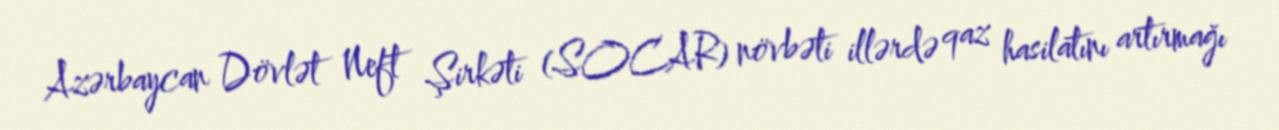
Azərbaycan Dövlət Neft Şirkəti (SOCAR) növbəti illərdə qaz hasilatını artırmağı